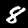
Label: 8